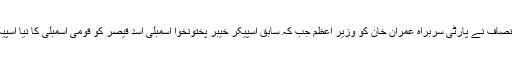
پاکستان تحریکِ انصاف نے پارٹی سربراہ عمران خان کو وزیرِ اعظم جب کہ سابق اسپیکر خیبر پختونخوا اسمبلی اسد قیصر کو قومی اسمبلی کا نیا اسپیکر نامزد کیا ہے۔